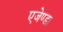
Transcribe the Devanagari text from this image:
एजेण्‍डा